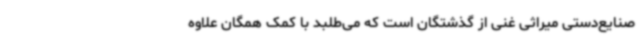
صنایع‌دستی میراثی غنی از گذشتگان است که می‌طلبد با کمک همگان علاوه